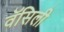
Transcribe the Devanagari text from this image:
वॅसिली